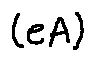
( e A )